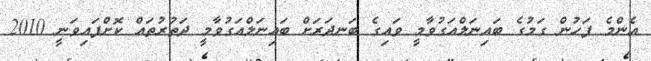
އެންމެ ފަހުން ގަމުގެ ބައިނަލްއަގުވާމީ ވައިގެ ބަނދަރަށް ބައިނަލްއަގުވާމީ ދަތުރުތައް ކޮށްފައިވަނީ 2010